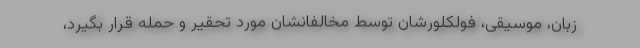
زبان، موسیقی، فولکلورشان توسط مخالفانشان مورد تحقیر و حمله قرار بگیرد،